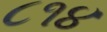
૮૧૪